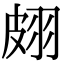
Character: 𦐢